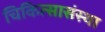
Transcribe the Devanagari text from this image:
चिकित्सासंस्था